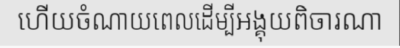
ហើយចំណាយពេលដើម្បីអង្គុយពិចារណា